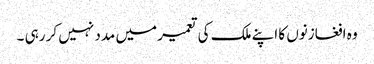
وہ افغازنوں کا اپنے ملک کی تعمیر میں مدد نہیں کر رہی ۔